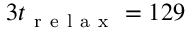
3 t _ { \mathrm { ~ r ~ e ~ l ~ a ~ x ~ } } = 1 2 9